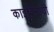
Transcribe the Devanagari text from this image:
काइटिनायी